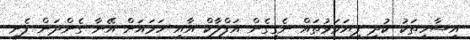
އިސާހިތަކު ކުދި ފިޔަވަޅުތައް ނެގިގެން އަފްލާކް އާއި ހަމައަށް އޭނާ ގެންދަން ފެށީ